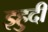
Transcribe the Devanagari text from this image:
इहुदी